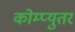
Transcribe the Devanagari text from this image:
कोम्प्युतर